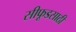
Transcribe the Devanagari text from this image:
सीफूडसाठी